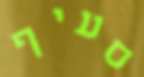
סעיף